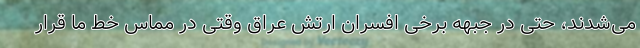
می‌شدند، حتی در جبهه برخی افسران ارتش عراق وقتی در مماس خط ما قرار